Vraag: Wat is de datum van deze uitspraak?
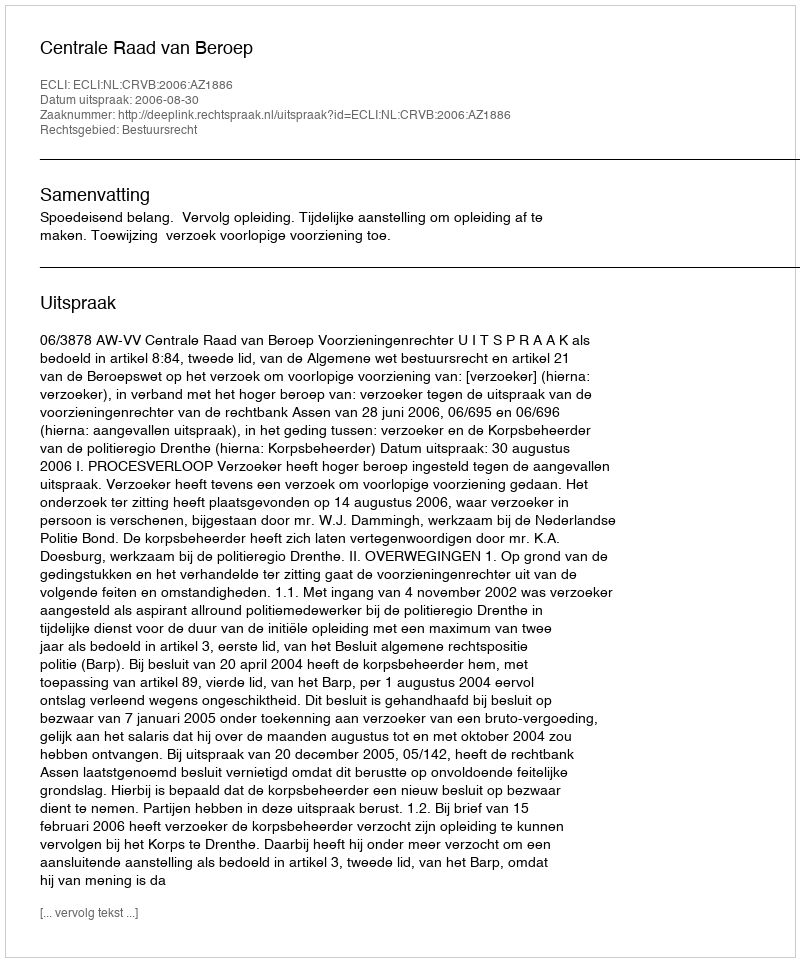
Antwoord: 2006-08-30